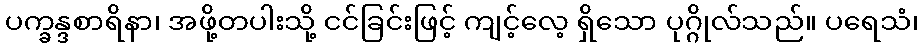
ပက္ခန္ဒစာရိနာ၊ အဖို့တပါးသို့ ငင်ခြင်းဖြင့် ကျင့်လေ့ ရှိသော ပုဂ္ဂိုလ်သည်။ ပရေသံ၊